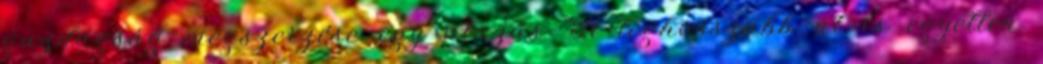
gazdagság megszerzése egy utazás "A leghosszabb út is egyetlen